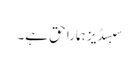
سبسڈیز ہمارا حق ہے۔